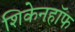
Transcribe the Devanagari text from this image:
शिकेनहॉफ